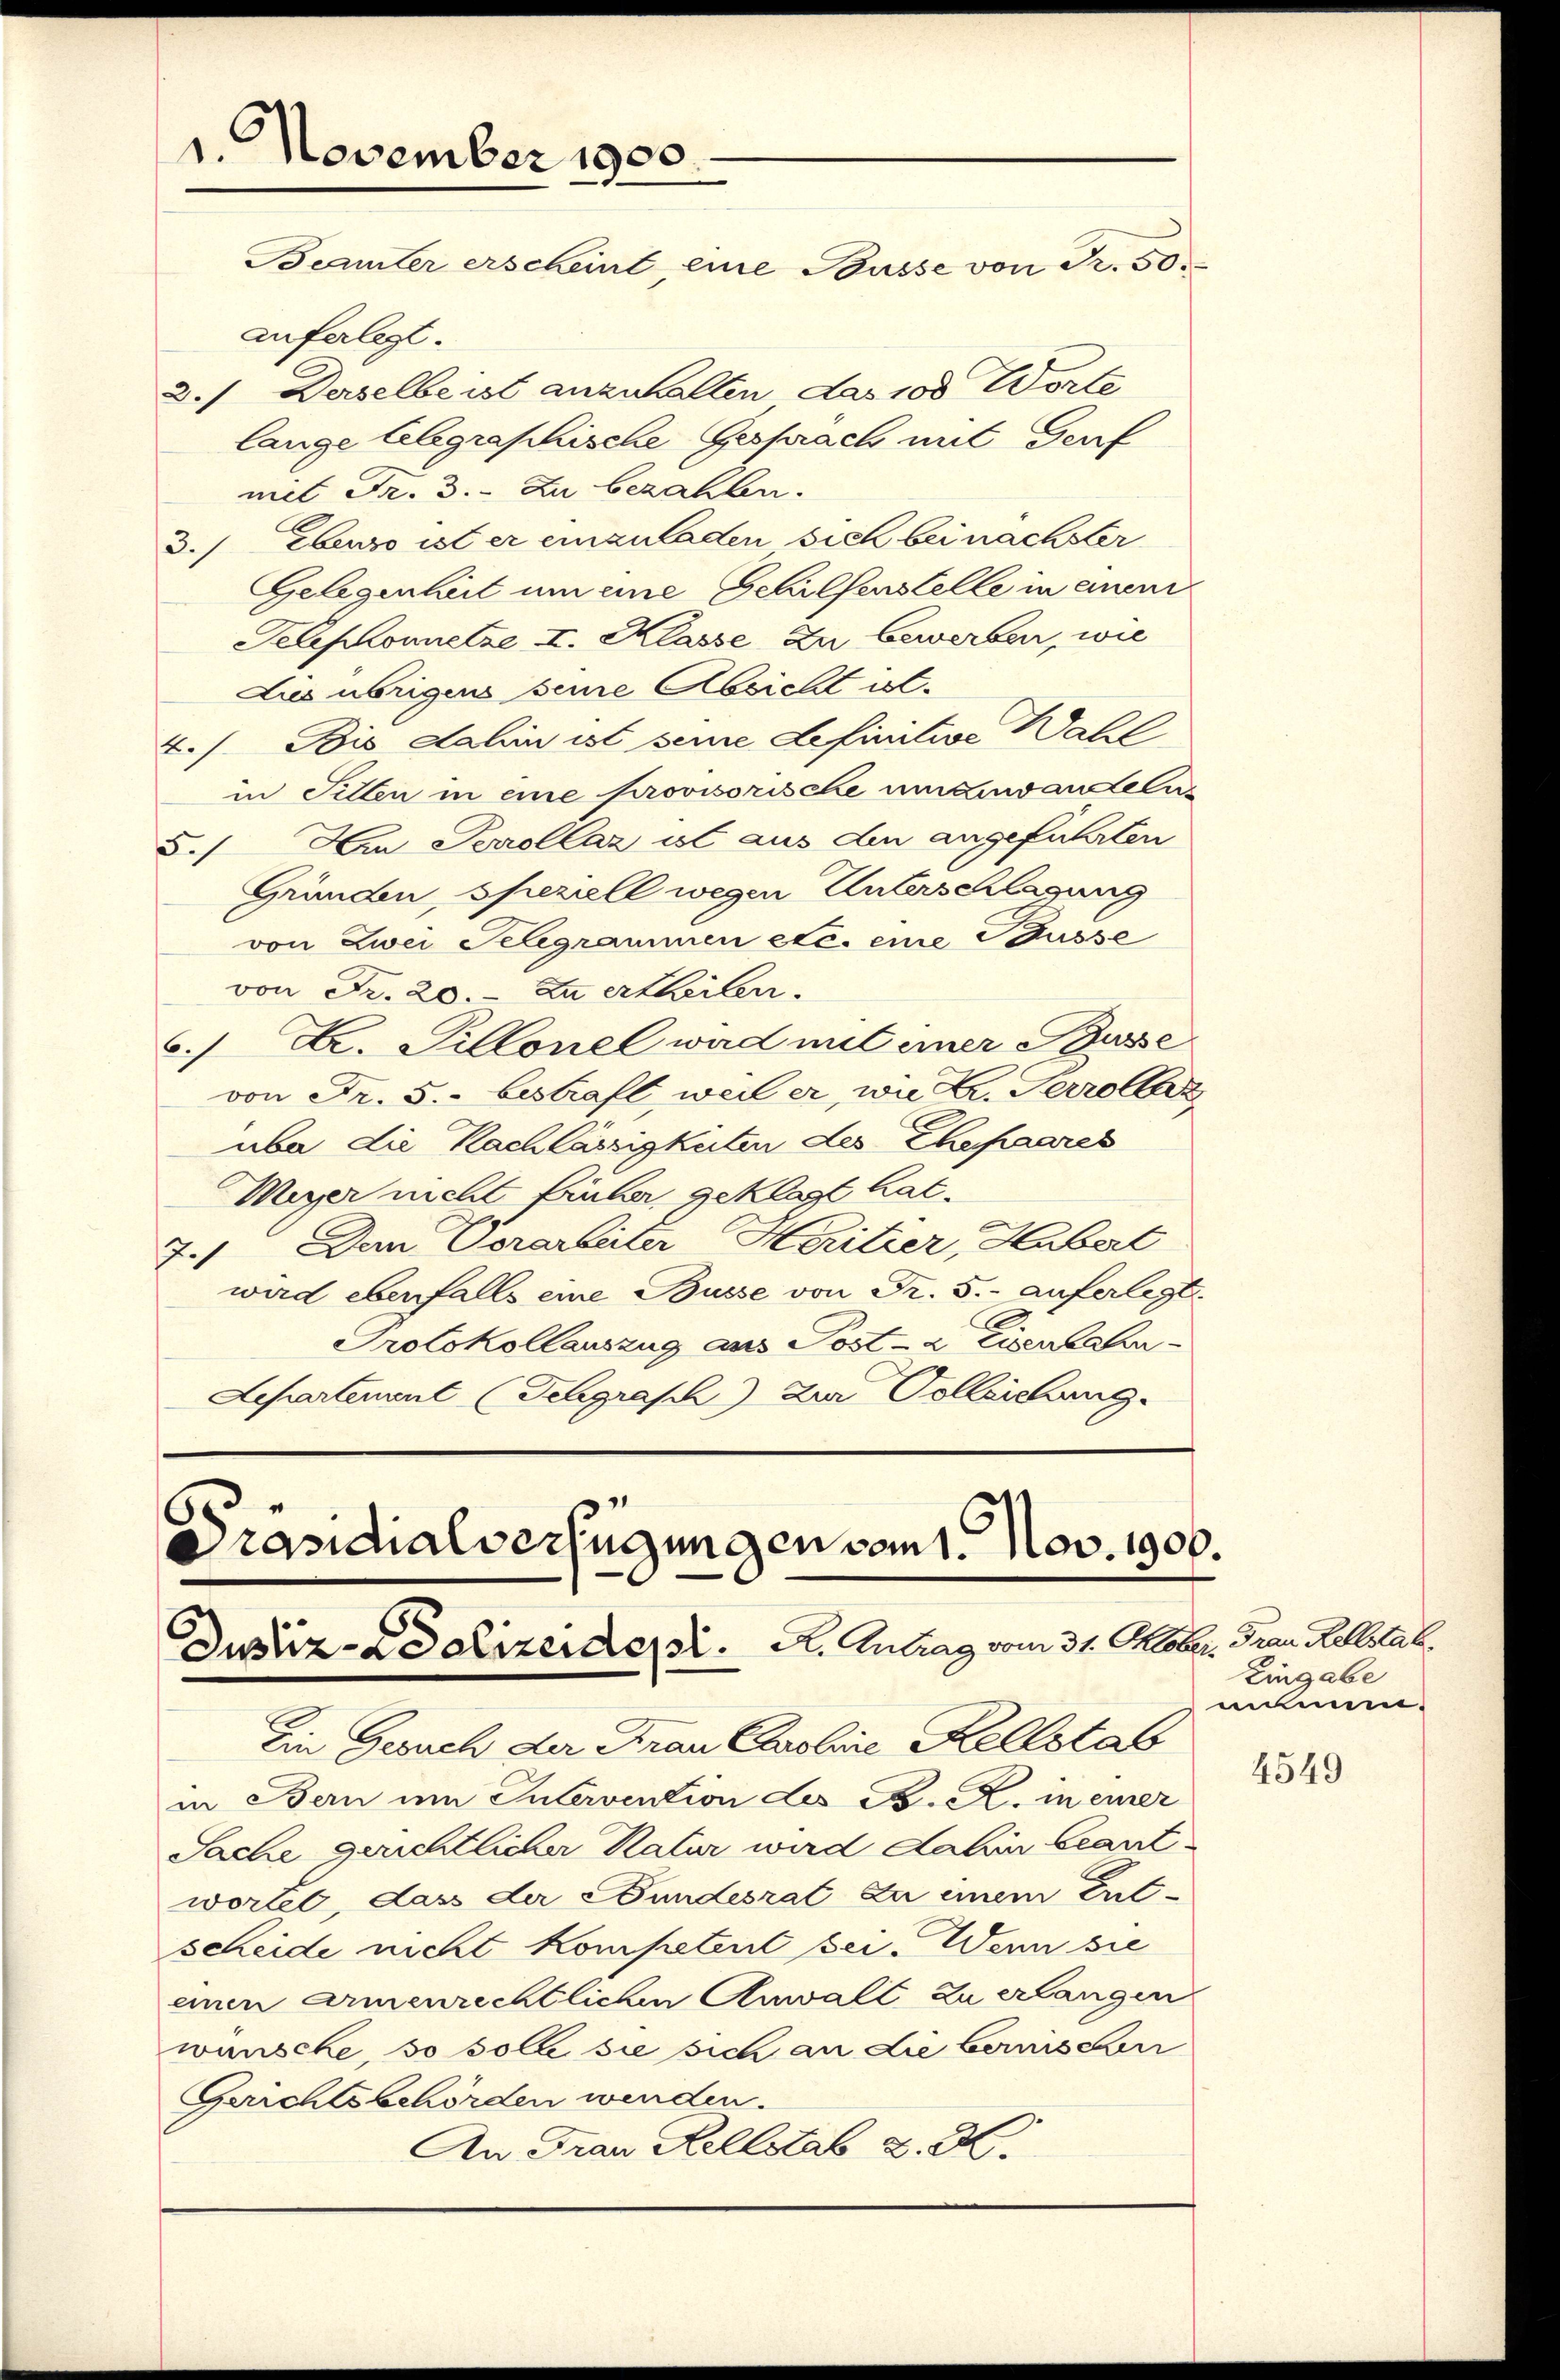
1. November 1900.
Beamter erscheint, eine Busse von Fr. 50.

auferlegt.
Derselbe ist anzuhalten das 100 Worte
2.
lange Alegraphische Gesprach mit Genf
mit Fr. 3. Zu bezahlen.
3.) Ebenso ist er einzuladen sich bei nachster
Gelegenheit um eine Gehilfenstelle in einem
Telephonnetze II. Klasse zu bewerben, wie
Lies übrigens seine Absicht vol¬
2./. Bis dahin ist seine Lefinitive Wahl
in Fillen in eine provisorische umzuwandeln
§. Am Perollaz ist aus den angeführten
Gründen, speziell wegen Unterschlagung
von Zwei Selegrammen etc. eine Ausse
von Fr. 20. Zu ertheilen.
6.) Dr. Pillonel ward mit imer Busse
von Fr. 5.- bestraft, weil er, wie L. Perrollerz
übe die Nachlässigkeiten des Ehepaares
Wiger nicht früher geklagt hat.
Den Vorarbeiter Heritier, Hubert
7
wird ebenfalls eine Busse von Fr. 5.- auferlegt.
Protokollauszug aus Post- & Eisenbahn¬
Lepartenant (Schgrasch die Volleichung

Präsidialverfügungen vom 1. Nov. 1900.
Dustiz-Polizeider.   A. Antrag vom 31. Oktober Frau Rellstab.

Ein Gesuch der Frau Carolie Kellstab
in Bern um Intervention des B. R. in einer
Sache gerichtlicher Natur wird dahin beant
wortet, das der Bundesrat zu einem Entscheide nicht Kompetent bei. Wenn sie
einen armenrechtlichen Anwall zu erlangen
wünsche, so solle sie sich an Liebernisserr
Gerichtsbehörden werden.
An Frau Hellstab d. 22.

Eingabe
numen.

4549